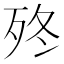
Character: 𣧩